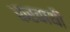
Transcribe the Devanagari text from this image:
करवाथी